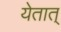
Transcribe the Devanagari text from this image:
येतात्